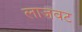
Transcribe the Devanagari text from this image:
लाजवट